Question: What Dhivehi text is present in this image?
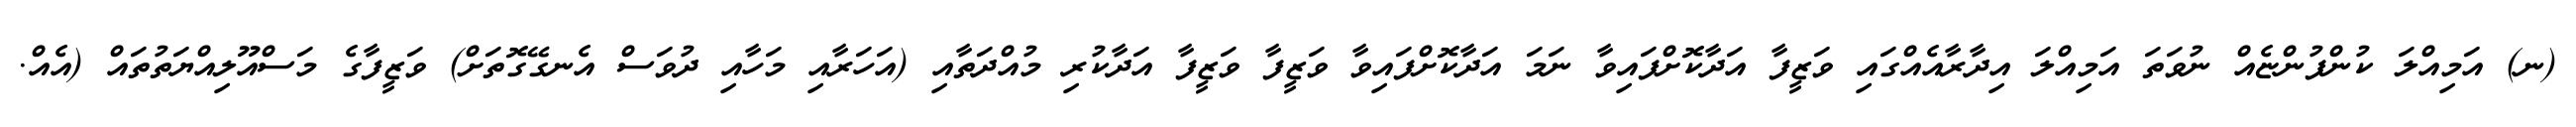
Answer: (ނ) އަމިއްލަ ކުންފުންޏެއް ނުވަތަ އަމިއްލަ އިދާރާއެއްގައި ވަޒީފާ އަދާކޮށްފައިވާ ނަމަ އަދާކޮށްފައިވާ ވަޒީފާ ވަޒީފާ އަދާކުރި މުއްދަތާއި (އަހަރާއި މަހާއި ދުވަސް އެނގޭގޮތަށް) ވަޒީފާގެ މަސްއޫލިއްޔަތުތައް (އެއް.